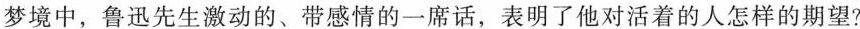
梦境中，鲁迅先生激动的、带感情的一席话，表明了他对活着的人怎样的期望?